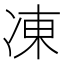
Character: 凍